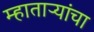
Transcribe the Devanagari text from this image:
म्हाताऱ्यांचा